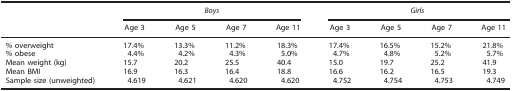
|  | <COLSPAN=4> Boys | <COLSPAN=4> Girls |
 | --- | --- | --- | --- | --- | --- | --- | --- | --- |
 |  | Age 3 | Age 5 | Age 7 | Age 11 | Age 3 | Age 5 | Age 7 | Age 11 |
 | % overweight | 17.4% | 13.3% | 11.2% | 18.3% | 17.4% | 16.5% | 15.2% | 21.8% |
 | % obese | 4.4% | 4.2% | 4.3% | 5.0% | 4.7% | 4.8% | 5.2% | 5.7% |
 | Mean weight (kg) | 15.7 | 20.2 | 25.5 | 40.4 | 15.0 | 19.7 | 25.2 | 41.9 |
 | Mean BMI | 16.9 | 16.3 | 16.4 | 18.8 | 16.6 | 16.2 | 16.5 | 19.3 |
 | Sample size (unweighted) | 4.619 | 4.621 | 4.620 | 4.620 | 4.752 | 4.754 | 4.753 | 4.749 |